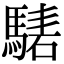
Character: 騞